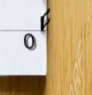
0